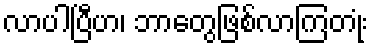
လာပါပြီဟ၊ ဘာတွေဖြစ်လာကြတုံး